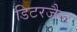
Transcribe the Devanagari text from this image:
डिटरजैन्ट